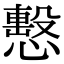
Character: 𢢞